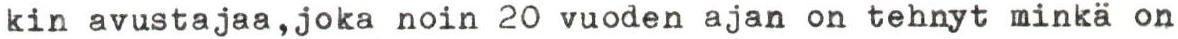
kin avustajaa,joka noin 20 vuoden ajan on tehnyt minkä on